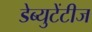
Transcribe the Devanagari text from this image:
डेब्युटेंटीज